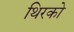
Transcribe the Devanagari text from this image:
थिरको